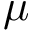
\mu